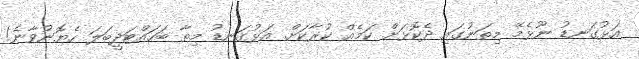
އަޅުގަނޑު ނޫޅެމޭ މިތަނުގައި ދެކޮޅަށް ކަމެއް ކުރާކަށް. އަޅުގަނޑު މިތާ ބަހައްޓަދީބަލަ ހެޔޮނުވާނެ!